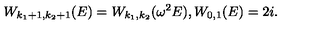
W _ { k _ { 1 } + 1 , k _ { 2 } + 1 } ( E ) = W _ { k _ { 1 } , k _ { 2 } } ( \omega ^ { 2 } E ) , W _ { 0 , 1 } ( E ) = 2 i .